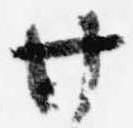
廿